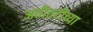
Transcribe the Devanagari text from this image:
अतीतटीच्या